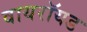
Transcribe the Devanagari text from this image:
वायरॉयड